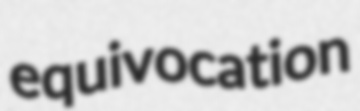
equivocation